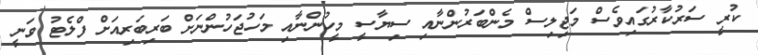
ކުރީ ސަރުކާރުގައިވެސް މަޖިލިސް މެންބަރުންނާއި ސިޔާސީ މީހުންނާއި މަހުޖަހުންނަށް ބަރިބަރިއަށް ފްލެޓު ވަނީ